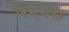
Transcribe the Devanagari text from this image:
रिमेनेंस